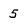
Character: 5